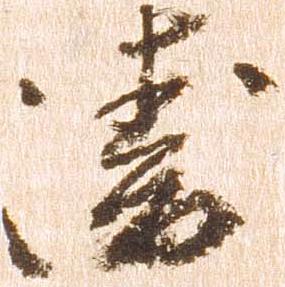
衛